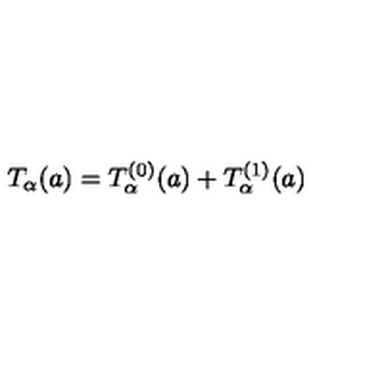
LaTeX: T _ { \alpha } ( a ) = T _ { \alpha } ^ { ( 0 ) } ( a ) + T _ { \alpha } ^ { ( 1 ) } ( a )